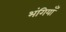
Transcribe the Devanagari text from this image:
भंगियाँ